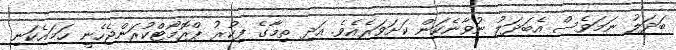
ބަދަލު ނަމަވެސް އެބަދަލު ނުވާނެކަން ކަށަވަރެއެވެ. އަދި ތިމާގެ ފިކުރު ޕްރޮމޯޓްކުރަންޖެހެނީ ހަމައެކަނި